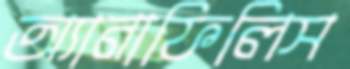
অ্যানাফিলিস